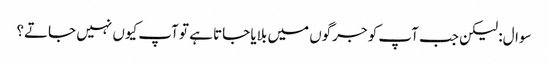
سوال: لیکن جب آپ کو جرگوں میں بلایا جاتا ہے تو آپ کیوں نہیں جاتے؟